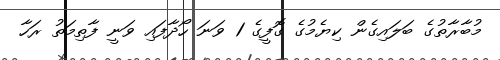
މުބާރާތުގެ ބަލައިގެން ކިޔެމުގެ ގޮފީގެ 1 ވަނަ ހޯދާފައި ވަނީ ފާތިމަތު ރަހާ